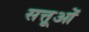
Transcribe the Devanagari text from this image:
सत्तूओं